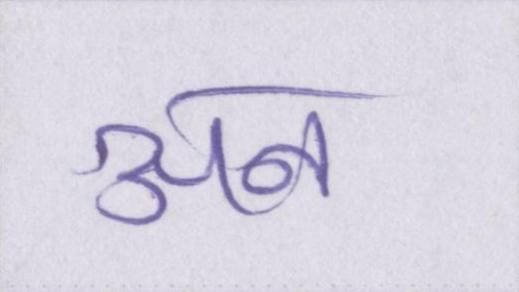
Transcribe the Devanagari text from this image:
अन